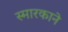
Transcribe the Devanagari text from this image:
स्मारकाने